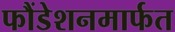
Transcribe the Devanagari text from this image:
फौंडेशनमार्फत